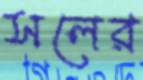
সলের